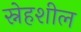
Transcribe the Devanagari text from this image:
स्नेहशील